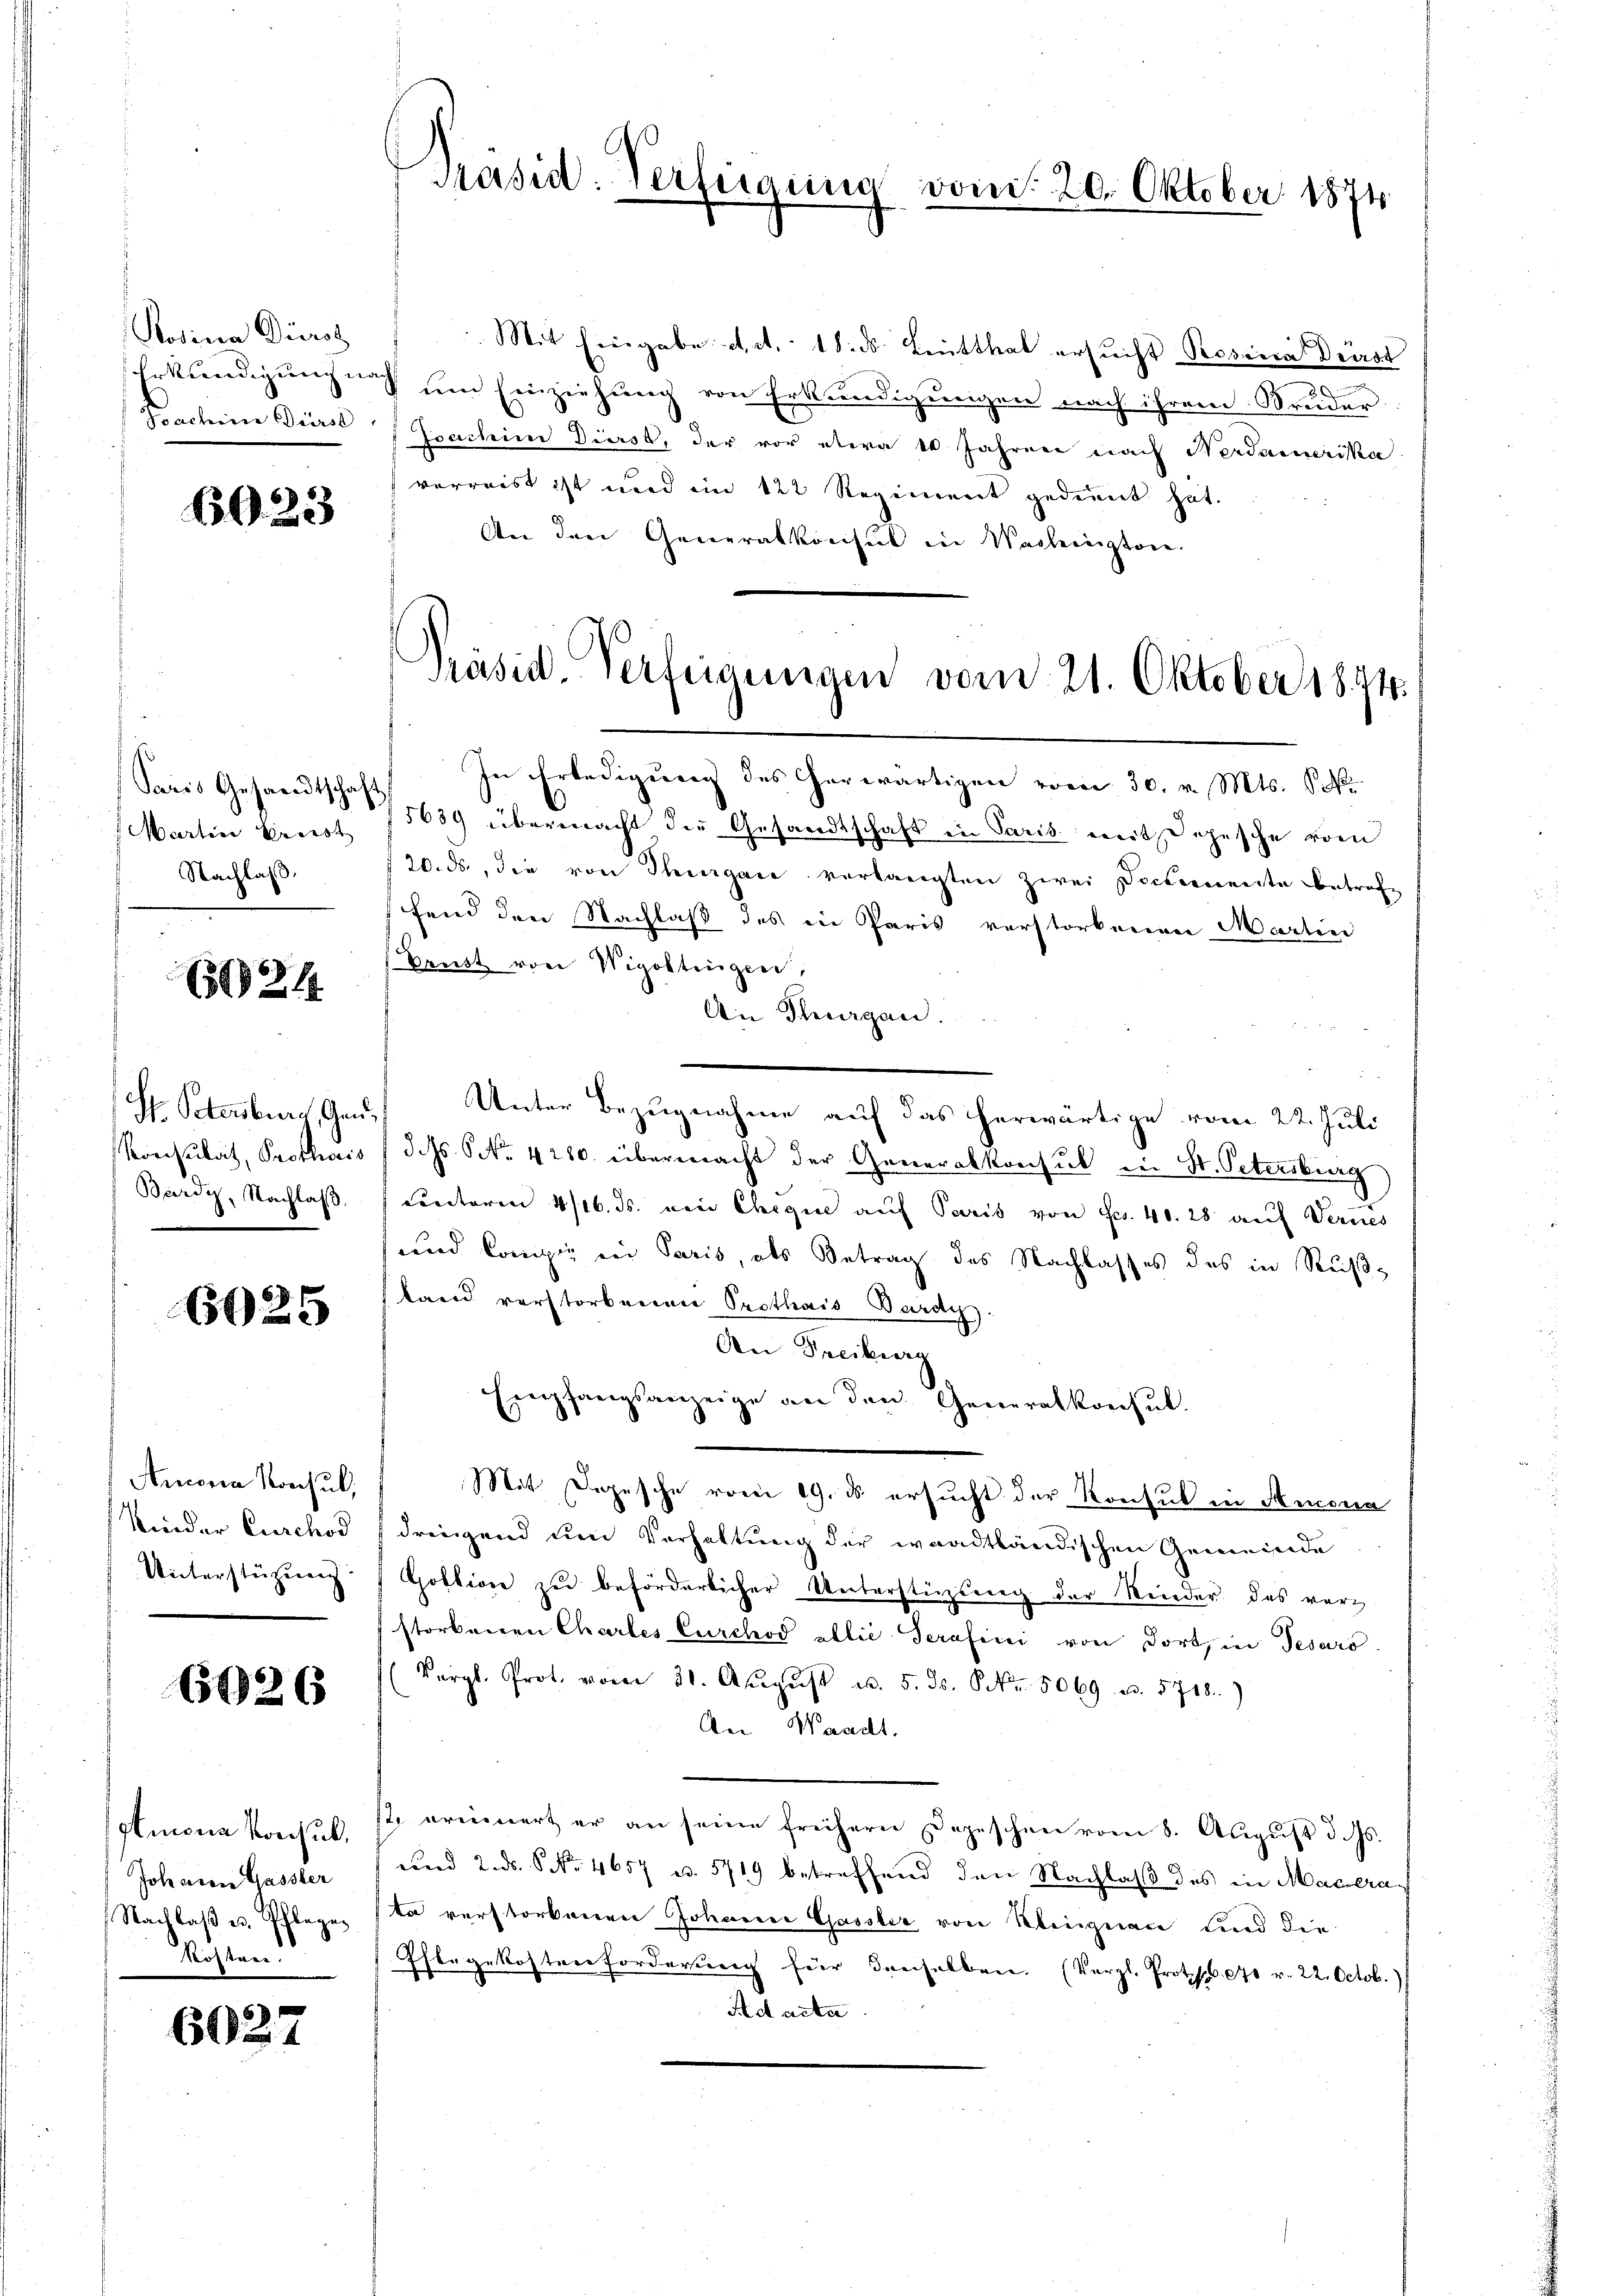
Rosina Dürst
Fracheine Dürst,

6923

Paris Gesandtschaft
Nachlass

(1244

Beerdig, Nachlaß.
—

6625

Amona Konsul,
Kinder Curchod
Unterstützung

6026

glmona Konsul,
Johann Gasster
1 Nachlaß u. Pflege
kochten.

6027

In Erledigung des herwärtigen vom 30. v. Mts. S.
Martin Erust 15009 übermacht die Gesandtschaft in Paris mit Depesche vom
20. ds., die von Thurgane verlangten Zwei Dockernente betrafe
fend den Nachlaß des in Paris verstorbenen Martin
Ernst von Wigottingen,
An Thurgan.
S. Petersburg, Gen. Unter Bezugnahme auf das herwärtige vom 22. Juli
Konsulat, Prothais (dehs. S. 4280. übermacht der Generalkonsul in St. Petersburg
centoren 4/16. ds. von Chegnie auf Paris von Fr. 40. 28 auf Vernes
und Compie in Paris, als Betrag des Nachlasses des in Rußsland verstorbenen Prethais Bardys.
An Freiburg
Empfangsanzeige an den Generalkonsul
Mit Depesche vom 19. ds. ersucht der Konsul in Memoria
dringend um Verhaltung der waadtländischen Gemeinde
Goltione zu beförderlicher Unterstigung der Kinder des verstorbenen Chartes Curchod ablie Serafici von dort, in Tesaro
Vergl. Prot. vom 31. Aŭgŭst u. 5. ds. S. Nr. 5069 u. 5718.)
An Waadt.
ste erinnert er an seine freihern Depeschen vom 8. August d. Js.
und 2. ds. S. Nr. 4657 u. 5719 betreffend den Nachlaß des in Macera
ta verstorbenen Johanne Gassler von Kleignen sind die
Phlegekostenforderung für denselben. (Vergl. Protsb. 1 v. 22. Octob.)
Ad acta

Präsid. Verfeigung vom 20. Oktober 1874

Mit Eingabe d. d. 18. ds. Letthal ersucht Posina Dürst
.
Erkundigung nach um Einziehung von Erkundigungen nach ihrem Bruder
Ioachine Dierst, der vor etwa 10 Jahren nach Nordamerika
verreist ist und ein 122 Regiment gedient hat.
An den Generalkonsul in Wacheington.

Präsid. Verfeigungen vom 21. Oktober 1874.